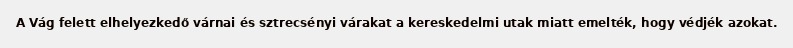
A Vág felett elhelyezkedő várnai és sztrecsényi várakat a kereskedelmi utak miatt emelték, hogy védjék azokat.